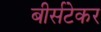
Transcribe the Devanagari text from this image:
बीर्सटेकर